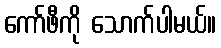
ကော်ဖီကို သောက်ပါမယ်။